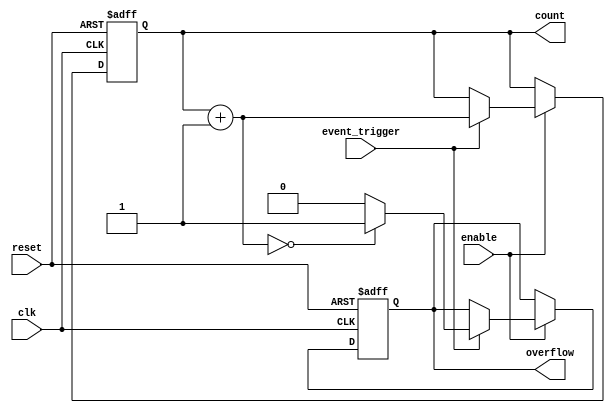
module event_triggered_counter #(
    parameter N = 8 // Number of bits for the count register
)(
    input wire clk,               // Clock signal
    input wire reset,             // Asynchronous reset signal
    input wire enable,            // Enable signal for counting
    input wire event_trigger,     // Event trigger signal
    output reg [N-1:0] count,     // Current count value
    output reg overflow           // Overflow indicator
);

    // Internal signal to hold the next count value
    reg [N-1:0] next_count;

    // Asynchronous reset and counting logic
    always @(posedge clk or posedge reset) begin
        if (reset) begin
            count <= 0;            // Reset count to zero
            overflow <= 0;         // Clear overflow flag
        end else if (enable) begin
            if (event_trigger) begin
                next_count = count + 1; // Increment count
                if (next_count == 0) begin
                    overflow <= 1; // Set overflow if count wraps around
                end else begin
                    overflow <= 0; // Clear overflow flag
                end
                count <= next_count; // Update count
            end
        end
    end

endmodule